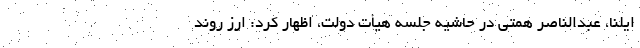
ایلنا،‌ عبدالناصر همتی در حاشیه جلسه هیأت دولت، اظهار کرد: ارز روند